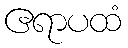
ဧရာပထံ